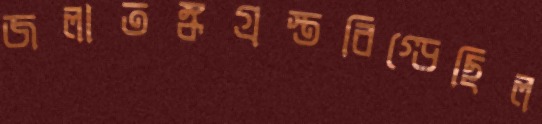
জলাতঙ্কগ্রস্তবিগ্‌ড়েছিল